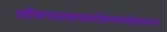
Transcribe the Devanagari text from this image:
लोचनललामलोकमनोहरवसन्त